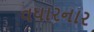
વધારનાર